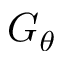
G _ { \theta }